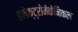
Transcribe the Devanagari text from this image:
इलेक्ट्रोमेकेनिकल